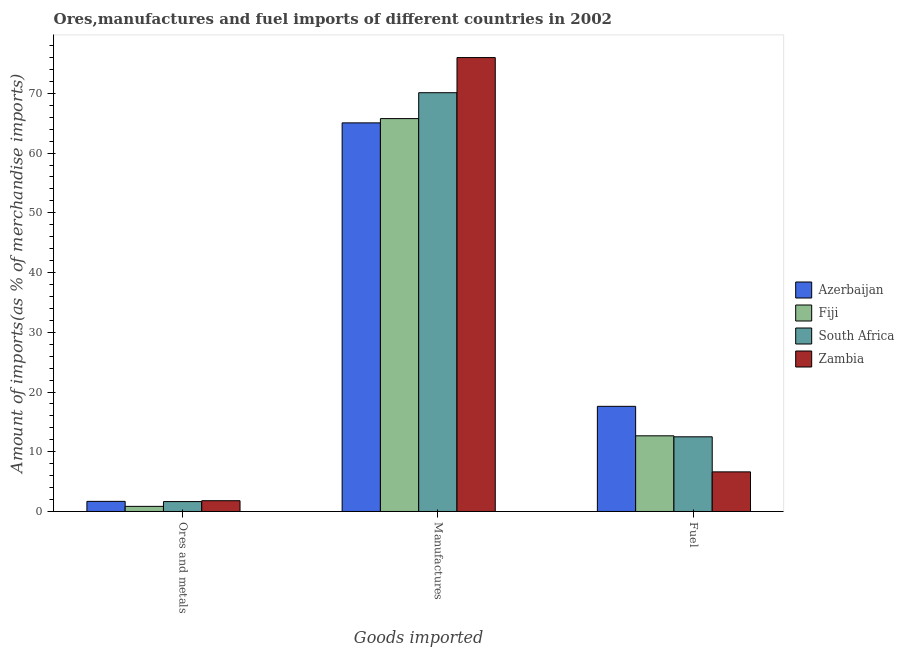
| Goods imported | Azerbaijan | Fiji | South Africa | Zambia |
 | --- | --- | --- | --- | --- |
 | Ores and metals | 1.69 | 0.858 | 1.66 | 1.8 |
 | Manufactures | 65.1 | 65.8 | 70.1 | 76 |
 | Fuel | 17.6 | 12.7 | 12.5 | 6.63 |